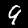
Label: 9